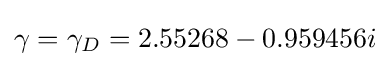
\gamma =\gamma _{D}=2.55268-0.959456i